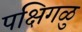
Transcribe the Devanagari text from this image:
पक्षिगळु